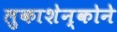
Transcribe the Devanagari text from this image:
लुकाशेन्कोने